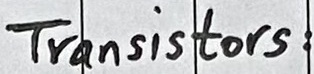
Text: Transistors: